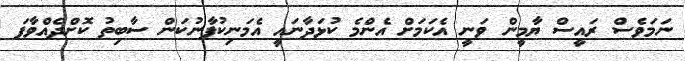
ނަމަވެސް ރައީސް ޔާމީން ވަނީ އެކަމަށް އެންމެ ކުޅަދާނައީ އެމަނިކުފާނުކަން ސާބިތު ކޮށްދެއްވާފަ